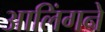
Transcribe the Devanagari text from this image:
आलिंगने